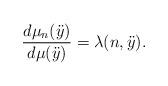
LaTeX: \begin{align*} \frac{d\mu_n (\ddot{y})}{d \mu (\ddot{y})}=\lambda(n,\ddot{y}).\end{align*}